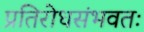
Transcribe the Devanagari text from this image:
प्रतिरोधसंभवतः